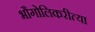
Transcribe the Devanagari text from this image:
भौगोलिकरीत्या